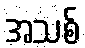
အသစ်